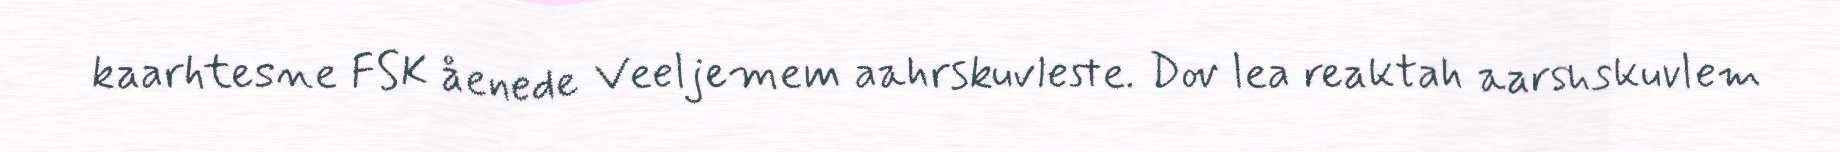
kaarhtesne FSK åenede Veeljemem aahrskuvleste. Dov lea reaktah aarshskuvlem